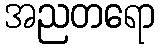
အညတရော